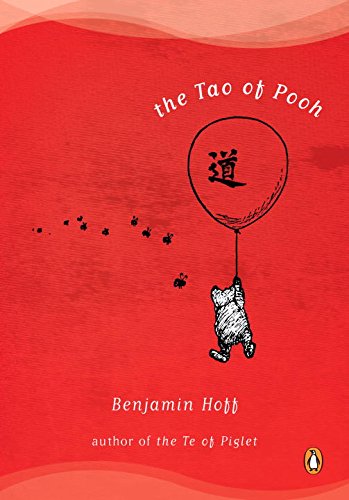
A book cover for The Tao of Pooh; Benjamin Hoff; Humor & Entertainment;